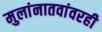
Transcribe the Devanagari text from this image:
मुलांनातवांवरही